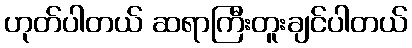
ဟုတ်ပါတယ် ဆရာကြီးတူးချင်ပါတယ်